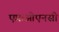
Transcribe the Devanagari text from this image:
एफ़ओएनसी